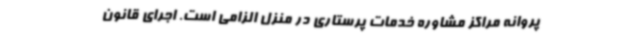
پروانه مراکز مشاوره خدمات پرستاری در منزل الزامی است. اجرای قانون